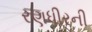
રણધીરની